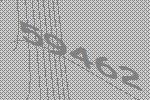
59462